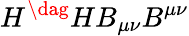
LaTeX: H^{\dag}HB_{\mu\nu}B^{\mu\nu}